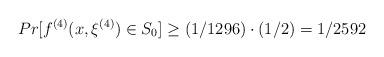
LaTeX: \begin{align*}Pr[f^{(4)}(x, \xi^{(4)}) \in S_0] \geq (1/1296)\cdot(1/2) = 1/2592\end{align*}